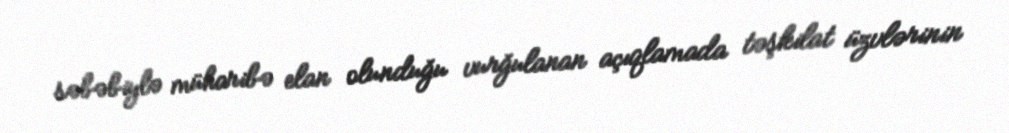
səbəbiylə müharibə elan olunduğu vurğulanan açıqlamada təşkilat üzvlərinin